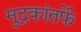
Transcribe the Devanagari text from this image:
मुद्रकांतर्फे